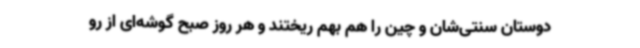
دوستان سنتی‌شان و چین را هم بهم ریختند و هر روز صبح گوشه‌ای از رو